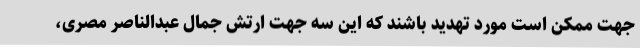
جهت ممکن است مورد تهدید باشند که این سه جهت ارتش جمال عبدالناصر مصری،